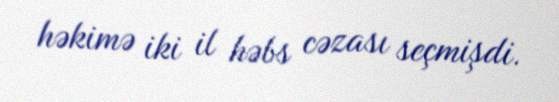
həkimə iki il həbs cəzası seçmişdi.